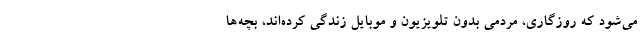
می‌شود که روزگاری، مردمی بدون تلویزیون و موبایل زندگی کرده‌اند، بچه‌ها